King Institute of Preventive Medicine Micro-Biological Section reports 1912-19
Year: 1912
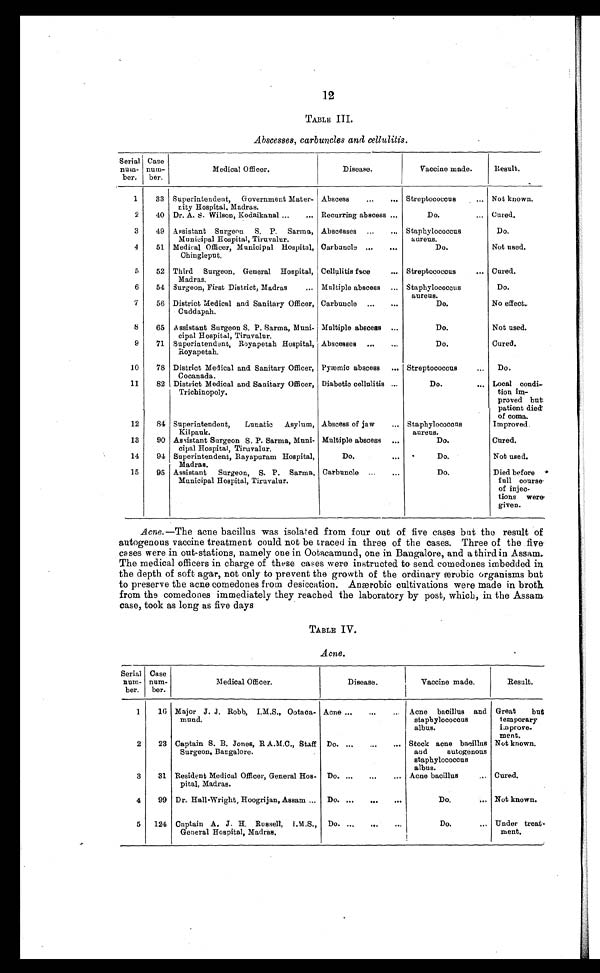
12
TABLE III.
Abscesses, carbuncles and cellulitis.
Serial
num-
ber.
Case
num-
ber.
Medical Officer.
Disease.
Vaccine made.
Result.
1
33 Superintendent,
Government Mater-
nity Hospital, Madras.
Abscess . . . Streptococcus . . .
Not known.
2
40 Dr. A. S. Wilson, Kodaikanal . . . Recurring abscess . . .
Do. . . . Cured.
3
49 Assistant Surgeon
S. P. Sarma,
Municipal Hospital, Tiruvalur.
Abscesses . . . Staphylococcus
aureus.
Do.
4
51 Medical Officer, Municipal Hospital,
Chingleput.
Carbuncle . . .
Do.
Not used.
5
52 Third Surgeon, General Hospital,
Madras.
Cellulitis face . . . Streptococcus . . .
Cured.
6
54 Surgeon, First District, Madras
. . . Multiple abscess . . . Staphylococcus
aureus.
Do.
7
56 District Medical and Sanitary Officer,
Cuddapah.
Carbuncle . . .
Do.
No effect.
8
65 Assistant Surgeon S. P. Sarma, Muni-
cipal Hospital, Tiruvalur.
Multiple abscess . . .
Do.
Not used.
9
71 Superintendent, Royapetah Hospital,
Royapetah.
Abscesses . . .
Do.
Cured.
10
78 District Medical and Sanitary Officer,
Cocanada.
Pyæmic abscess . . . Streptococcus . . .
Do.
11
82 District Medical and Sanitary Officer,
Trichinopoly.
Diabetic cellulitis . . .
Do. . . . Local condi-
tion im-
proved but
patient died
of coma.
12
84 Superintendent, Lunatic Asylum,
Kilpauk.
Abscess of jaw
. . . Staphylococcus
aureus.
Improved.
13
90 Assistant Surgeon S. P. Sarma, Muni-
cipal Hospital, Tiruvalur.
Multiple abscess . . .
Do.
Cured.
14
94 Superintendent, Rayapuram Hospital,
Madras.
Do.
. . .
D o .
Not used.
15
95 Assistant
Surgeon, S. P. Sarma,
Municipal Hospital, Tiruvalur.
Carbuncle . . .
Do.
Died before
full course
of injec-
tions were
given.
Acne .—The acne bacillus was isolated from four out of five cases but the result of
autogenous vaccine treatment could not be traced in three of the cases. Three of the five.
cases were in out-stations, namely one in Ootacamund, one in Bangalore, and a third in Assam.
The medical officers in charge of these cases were instructed to send comedones imbedded in
the depth of soft agar, not only to prevent the growth of the ordinary ærobic organisms but
to preserve the acne comedones from desiccation. Anærobic cultivations were made in broth
from the comedones immediately they reached the laboratory by post, which, in the Assam
case, took as long as five days
TABLE IV.
Acne.
Serial
num-
ber.
Case
num-
ber.
Medical Officer.
Disease.
Vaccine made.
Result.
1
16 Major J. J. Robb, I.M.S., Ootaca-
mund.
Acne . . .
Acne bacillus and
staphylococcus
albus.
Great
but
temporary
improve-
ment.
2
23 Captain S. B. Jones, R A.M.C., Staff
Surgeon, Bangalore.
Do. . . . Stock acne bacillus
and
autogenous
staphylococcus
albus.
Not known.
3
31 Resident Medical Officer, General Hos-
pital, Madras.
Do. . . . Acne bacillus . . . Cured.
4
99 Dr. Hall-Wright, Hoogrijan, Assam . . . Do. . . .
Do. . . . Not known.
5
124 Captain A. J. H. Russell, I.M.S.,
General Hospital, Madras.
Do. . . .
Do. . . . Under treat-
ment.